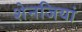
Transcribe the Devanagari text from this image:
शेनजियां